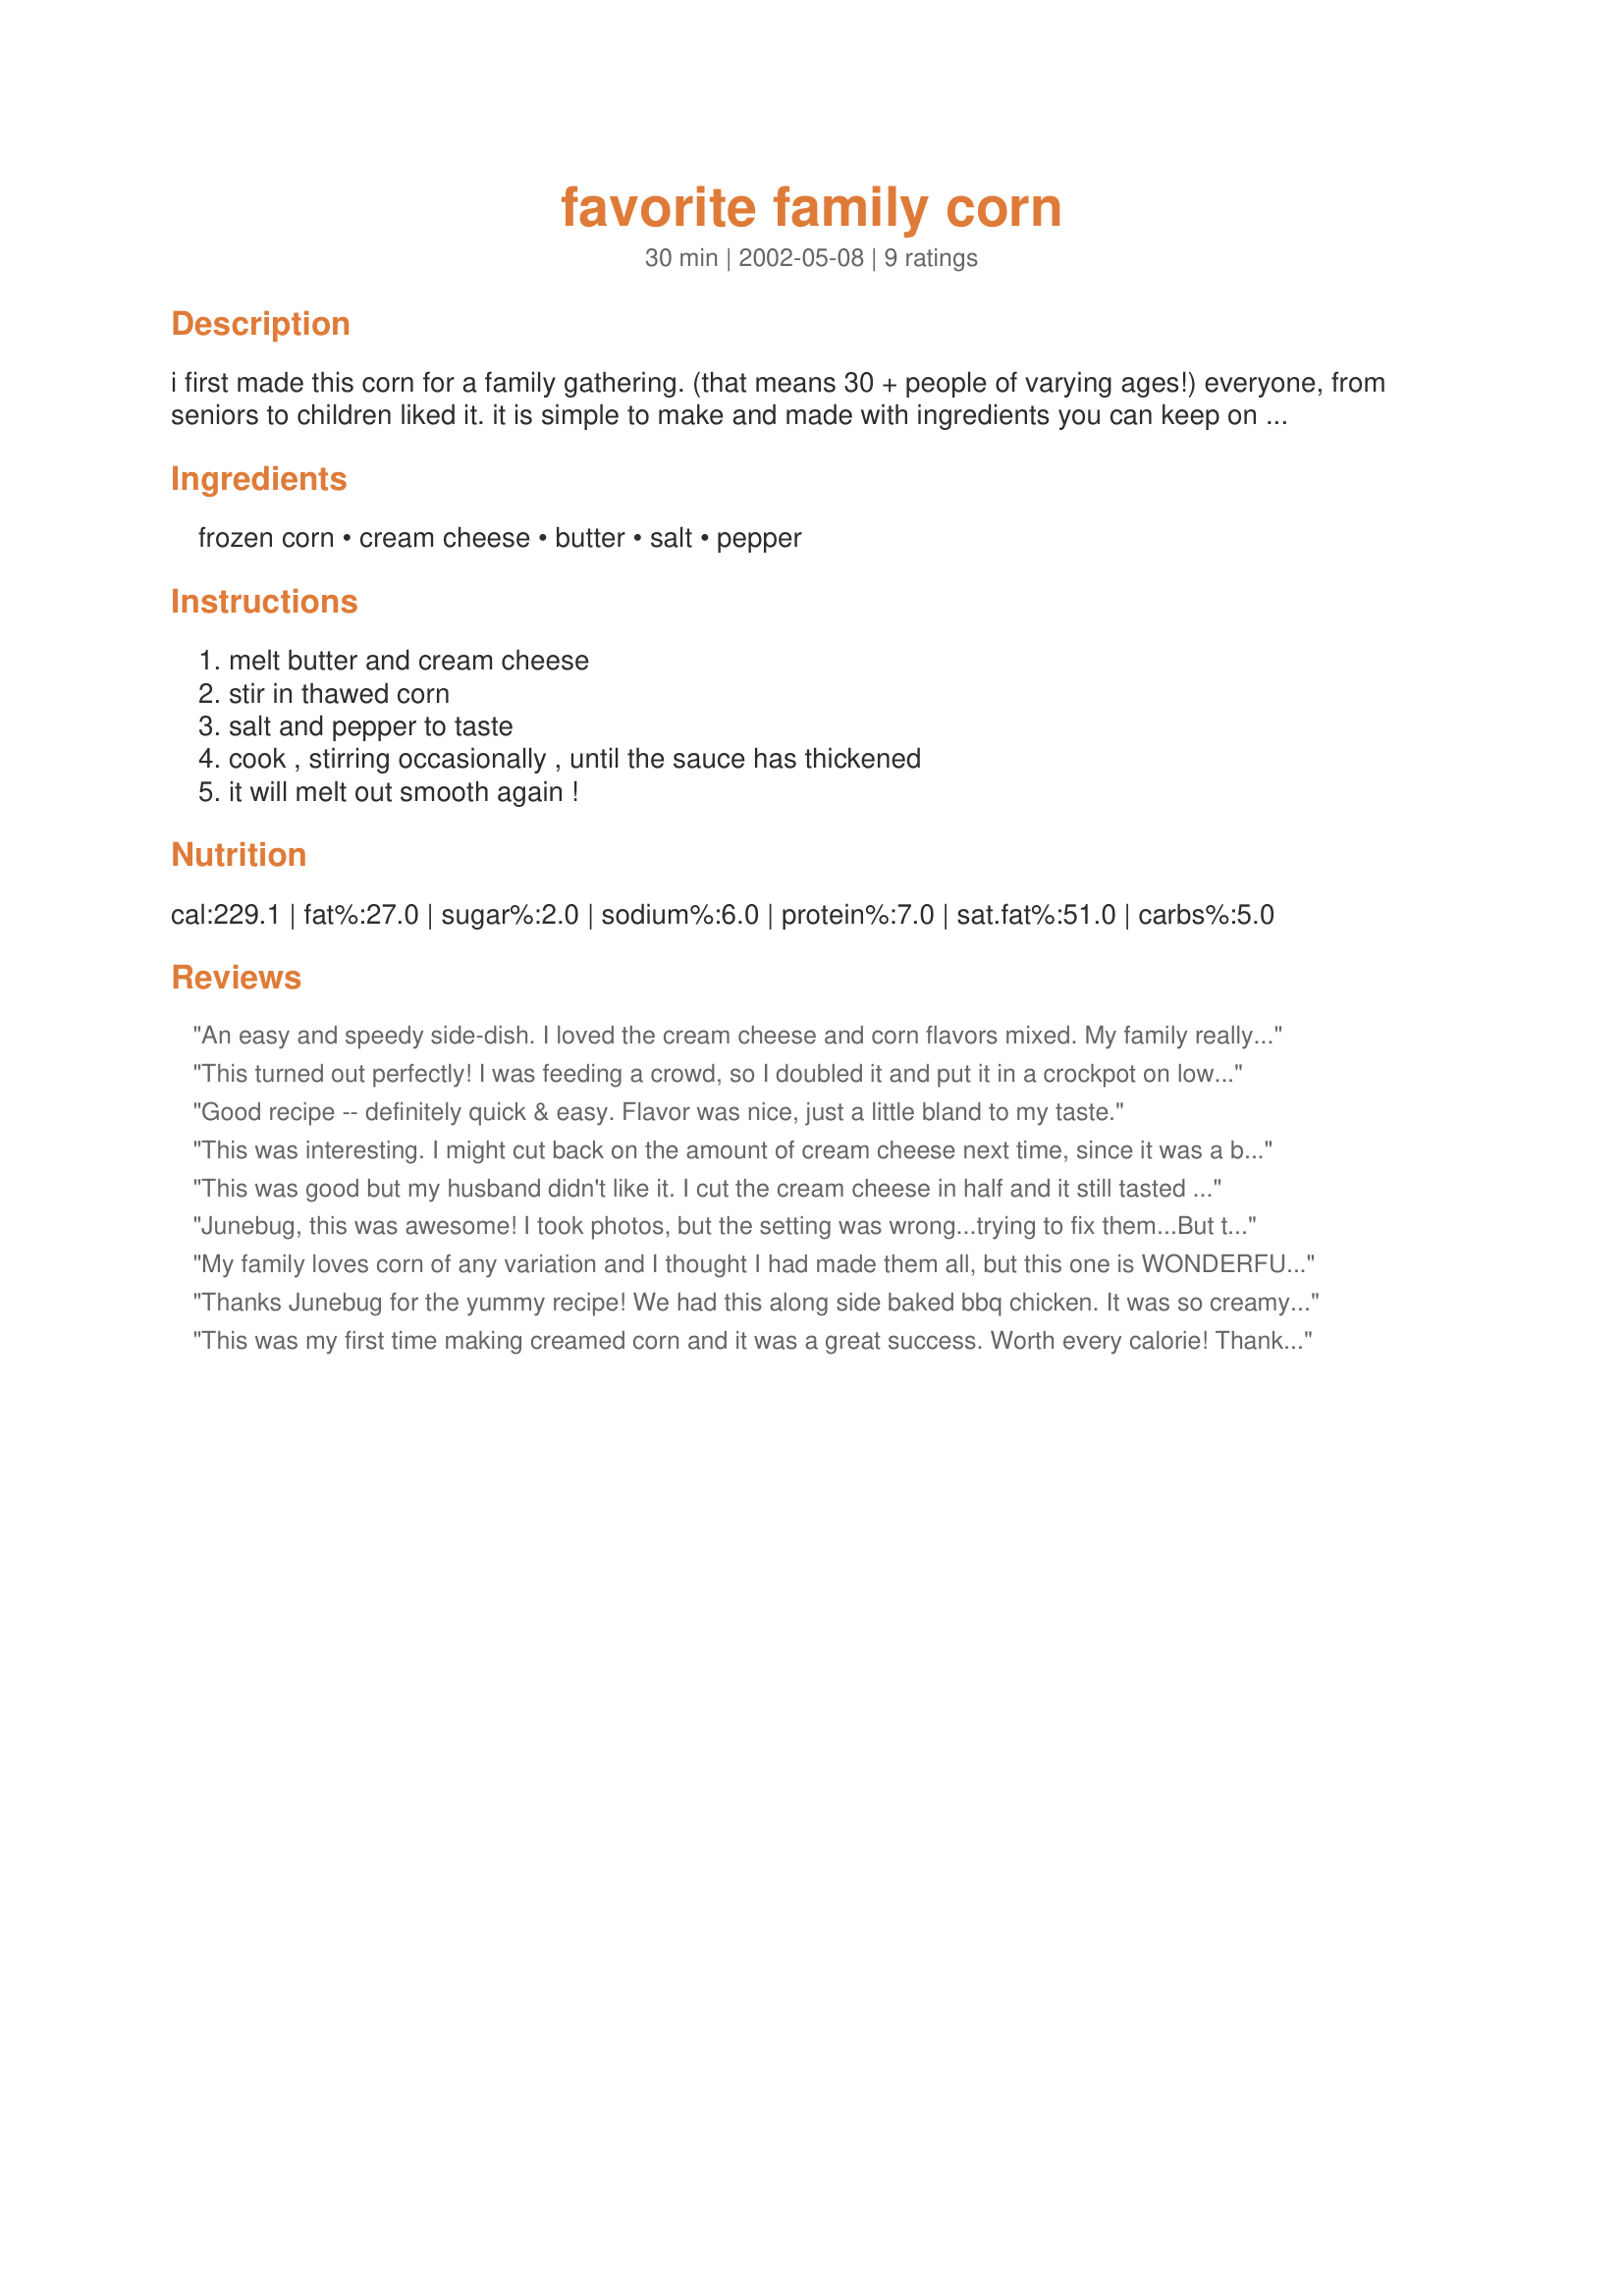
favorite family corn
Preparation time: 30 minutes

i first made this corn for a family gathering. (that means 30 + people of varying ages!) everyone, from seniors to children liked it. it is simple to make and made with ingredients you can keep on hand. it travels and holds well in a crockpot.

Ingredients:
frozen corn, cream cheese, butter, salt, pepper

Steps:
melt butter and cream cheese, stir in thawed corn, salt and pepper to taste, cook , stirring occasionally , until the sauce has thickened, it will melt out smooth again !

Reviews:
An easy and speedy side-dish. I loved the cream cheese and corn flavors mixed. My family really liked this recipe. I did add just a dash a paprika for a little contrast color.
Thanks Junebug for sharing your family favorite.
I am sure this one will be made again.
This turned out perfectly! I was feeding a crowd, so I doubled it and put it in a crockpot on low for 3 hours and it was great, everyone really enjoyed it.
Thanks for a great recipe Junebug!
Good recipe -- definitely quick & easy. Flavor was nice, just a little bland to my taste.
This was interesting. I might cut back on the amount of cream cheese next time, since it was a bit overpowering. We had it with ham and buttered noodles and it was a great addition to the menu. Thank you for a great recipe.
This was good but my husband didn't like it. I cut the cream cheese in half and it still tasted too much like cream cheese for his liking. I added in some spices, green chilies, cheese and shredded chicken to the leftovers and made quesadillas, which turned out delicious.
Junebug, this was awesome! I took photos, but the setting was wrong...trying to fix them...But this recipe was SO very simple and SO very tasty! I was amazed! This is one of those "wish I'd thought of that" type of recipes! It's a definite keeper in my family, and the only thing wrong with it was that THERE WEREN'T ANY LEFTOVERS for me to take to work!!!!! Outstanding! Thank you so much for sharing this, Junebug! :)
My family loves corn of any variation and I thought I had made them all, but this one is WONDERFULL and so very cheap,fast and simple to make. I WILL be making this over and over again. Thank you very much!
Thanks Junebug for the yummy recipe! We had this along side baked bbq chicken. It was so creamy and flavorful. What a great idea! Mark and I loved it! Usually he is just happy with cream corn out of a can, but that is something of the past now! He wants this from now on. Thank you again! :)
This was my first time making creamed corn and it was a great success. Worth every calorie! Thank you.
